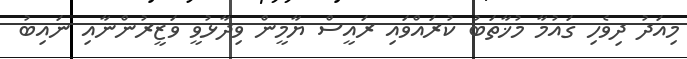
މިއަދު ދިވެހި ގައުމާ މުޚާތަބު ކުރައްވައި ރައީސް ޔާމީން ވިދާޅުވީ ވަޒީރުންނާއި ނައިބު